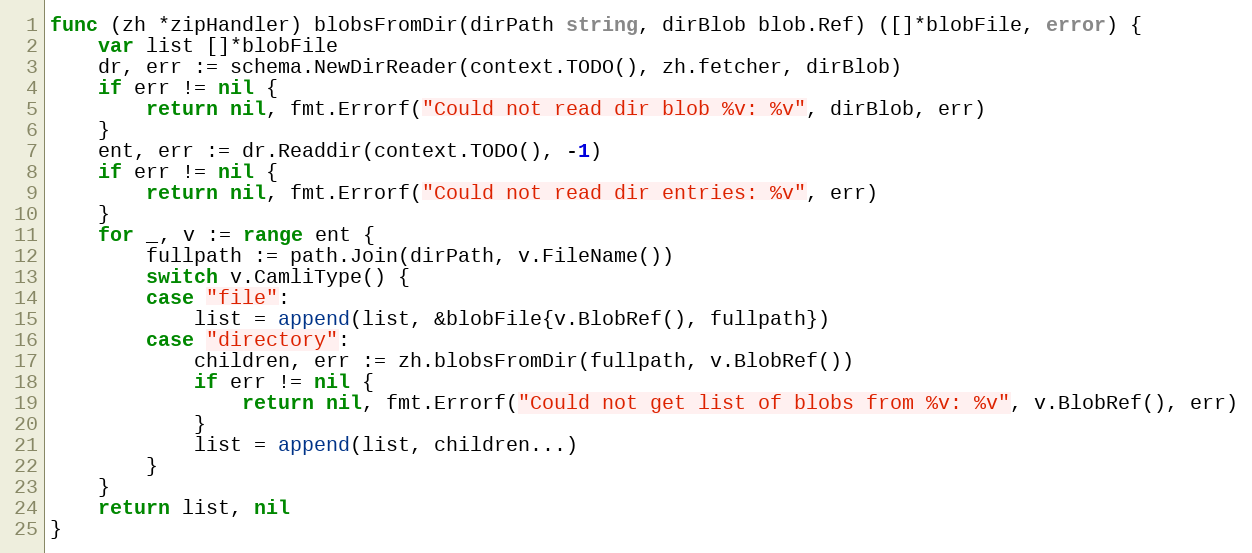
Language: Go
func (zh *zipHandler) blobsFromDir(dirPath string, dirBlob blob.Ref) ([]*blobFile, error) {
	var list []*blobFile
	dr, err := schema.NewDirReader(context.TODO(), zh.fetcher, dirBlob)
	if err != nil {
		return nil, fmt.Errorf("Could not read dir blob %v: %v", dirBlob, err)
	}
	ent, err := dr.Readdir(context.TODO(), -1)
	if err != nil {
		return nil, fmt.Errorf("Could not read dir entries: %v", err)
	}
	for _, v := range ent {
		fullpath := path.Join(dirPath, v.FileName())
		switch v.CamliType() {
		case "file":
			list = append(list, &blobFile{v.BlobRef(), fullpath})
		case "directory":
			children, err := zh.blobsFromDir(fullpath, v.BlobRef())
			if err != nil {
				return nil, fmt.Errorf("Could not get list of blobs from %v: %v", v.BlobRef(), err)
			}
			list = append(list, children...)
		}
	}
	return list, nil
}